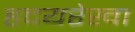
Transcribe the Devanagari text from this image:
हृदयरेखा